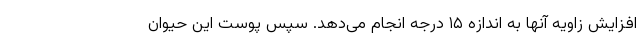
افزایش زاویه آنها به اندازه ۱۵ درجه انجام می‌دهد. سپس پوست این حیوان